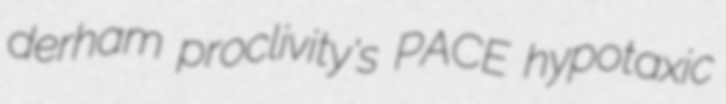
derham proclivity's PACE hypotaxic